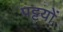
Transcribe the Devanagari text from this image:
पट्टयों